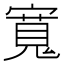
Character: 𡪨